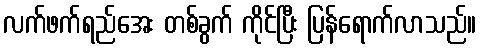
လက်ဖက်ရည်အေး တစ်ခွက် ကိုင်ပြီး ပြန်ရောက်လာသည်။